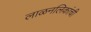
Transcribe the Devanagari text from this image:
लाळनलिकांची